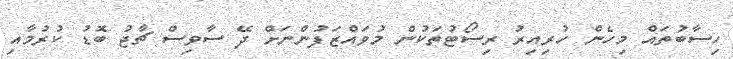
ހިސާބުތައް މިހެން ހުރިއިރު ރިސޯޓުތަކުން މުވައްޒަފުންނަށް ދޭ ސާވިސް ޗާޖު ބޮޑު ކުރުމާއި